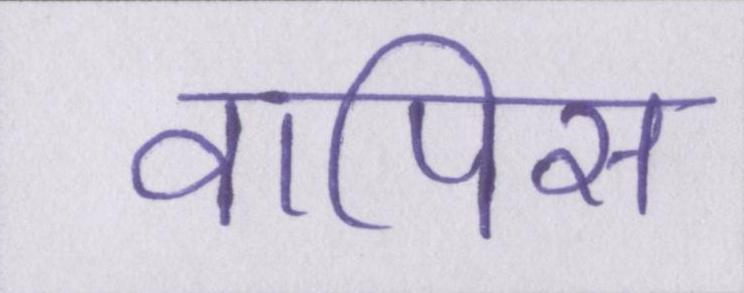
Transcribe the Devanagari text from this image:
वापिस